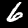
Label: 6